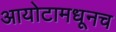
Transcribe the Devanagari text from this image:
आयोटामधूनच